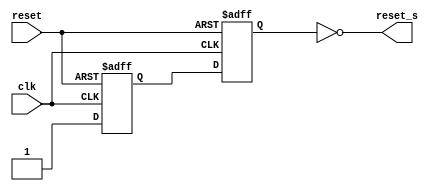
`timescale 1ns / 1ps
/*=================================================================================
 * Project:   CECS 460 Lab 1 - Counter using the Tramelblaze
 * Notes:     AISO or "Asynchronous In, Synchronous Out", has an input of an
              Asynchronous reset and outputs a synchronous reset that is active
              IFF the reset is active while the clock is on its active edge.
=================================================================================*/
module AISO(clk, reset, reset_s);
   input       clk, reset;
   output      reset_s;
   
   reg temp_res1, temp_res2;
   
   always @(posedge clk or posedge reset)
      begin
         if (reset)
            temp_res1 <= 1'b0;
         else
            temp_res1 <= 1'b1;          
      end
   
   always @(posedge clk or posedge reset)
      begin
         if (reset)
            temp_res2 <= 1'b0;
         else
            temp_res2 <= temp_res1;
      end
   
   assign reset_s = ~temp_res2;
      

endmodule